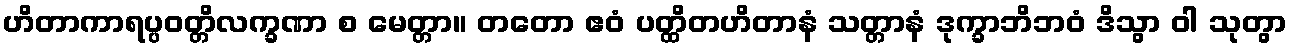
ဟိတာကာရပ္ပဝတ္တိလက္ခဏာ စ မေတ္တာ။ တတော ဧဝံ ပတ္ထိတဟိတာနံ သတ္တာနံ ဒုက္ခာဘိဘဝံ ဒိသွာ ဝါ သုတွာ